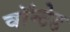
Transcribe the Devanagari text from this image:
वॉन्टेड